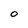
Character: 0